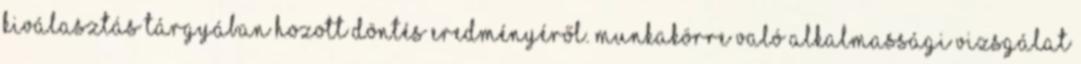
kiválasztás tárgyában hozott döntés eredményéről. Munkakörre való alkalmassági vizsgálat